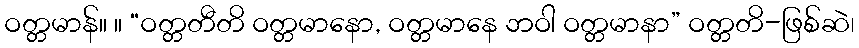
ဝတ္တမာန်။ ။ “ဝတ္တတီတိ ဝတ္တမာနော, ဝတ္တမာနေ ဘဝါ ဝတ္တမာနာ” ဝတ္တတိ-ဖြစ်ဆဲ၊